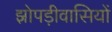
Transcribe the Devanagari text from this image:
झोपड़ीवासियों